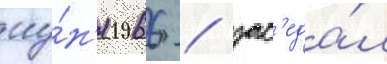
иу́н'я 1966 / зас'еда́л